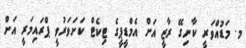
މ. މަޑުއްވަރީ ކާނިގޭ ރާޒީ އަަށް އެމްޑީޕީގެ ޓިކެޓް ކަށަވަރުވީ ޕްރައިމަރީ އަށް